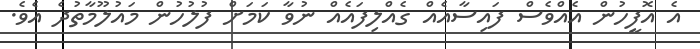
އެ އޮފީހުން އެއްވެސް ފައިސާއެއް ގެއްލިފައެއް ނުވާ ކަމަށް ފުލުހުން މައުލޫމާތުދެ އެވެ.